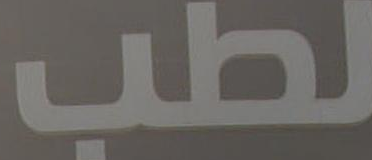
لطب